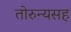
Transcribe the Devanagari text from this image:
तोरुन्यसह